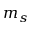
m _ { s }